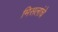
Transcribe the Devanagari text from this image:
मिसलांचे